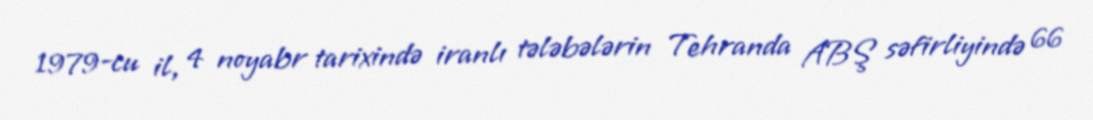
1979-cu il, 4 noyabr tarixində iranlı tələbələrin Tehranda ABŞ səfirliyində 66